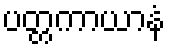
ပတ္တကာယာနံ